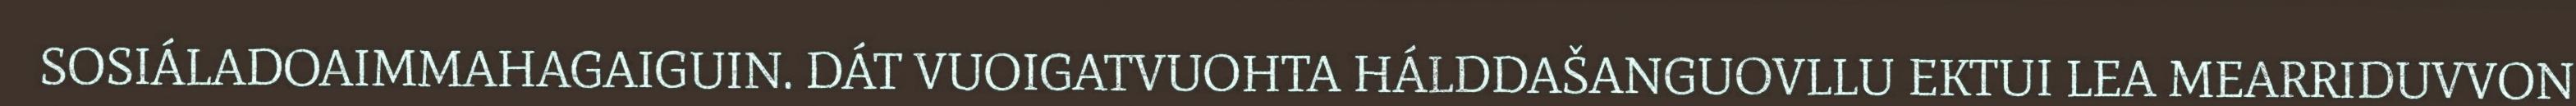
SOSIÁLADOAIMMAHAGAIGUIN. DÁT VUOIGATVUOHTA HÁLDDAŠANGUOVLLU EKTUI LEA MEARRIDUVVON